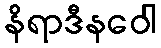
နိရာဒီနဝေါ